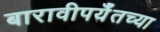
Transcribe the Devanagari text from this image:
बारावीपर्यँतच्या